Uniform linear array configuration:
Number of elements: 4
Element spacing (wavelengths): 0.75
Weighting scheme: blackman
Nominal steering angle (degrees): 45
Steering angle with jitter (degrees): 44.366
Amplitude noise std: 0.05
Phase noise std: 0.05

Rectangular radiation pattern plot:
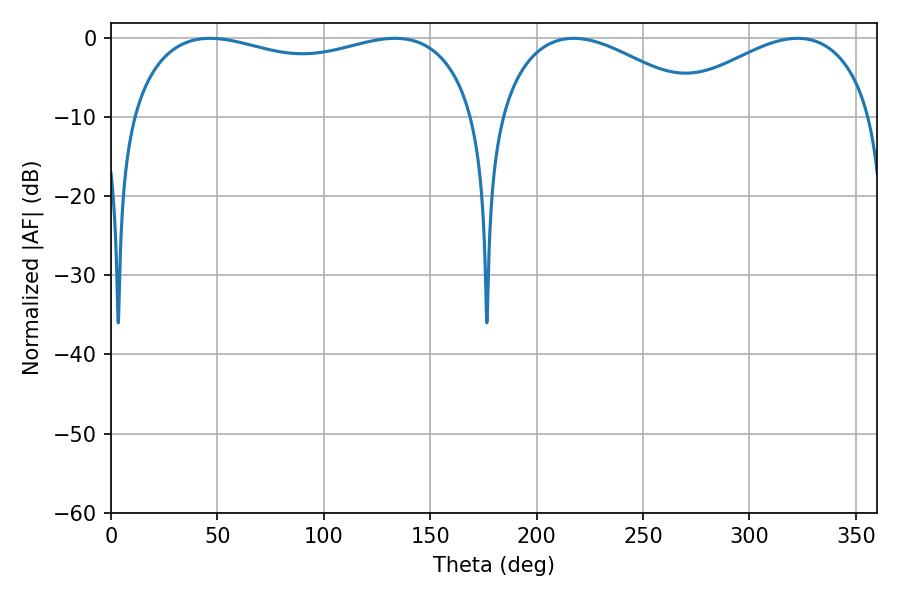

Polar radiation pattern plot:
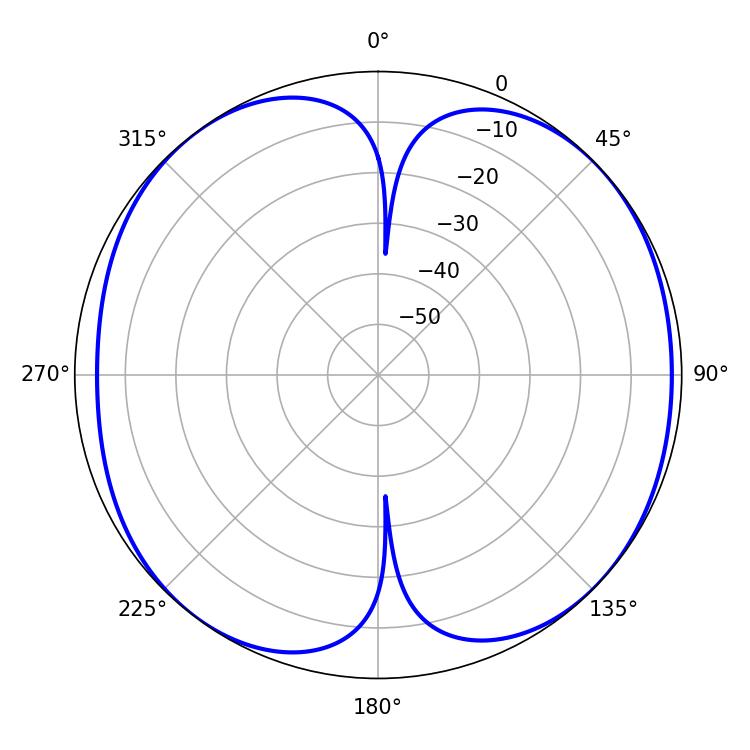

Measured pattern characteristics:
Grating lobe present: TRUE
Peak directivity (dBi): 9.139
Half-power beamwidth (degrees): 54
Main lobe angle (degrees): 217.44